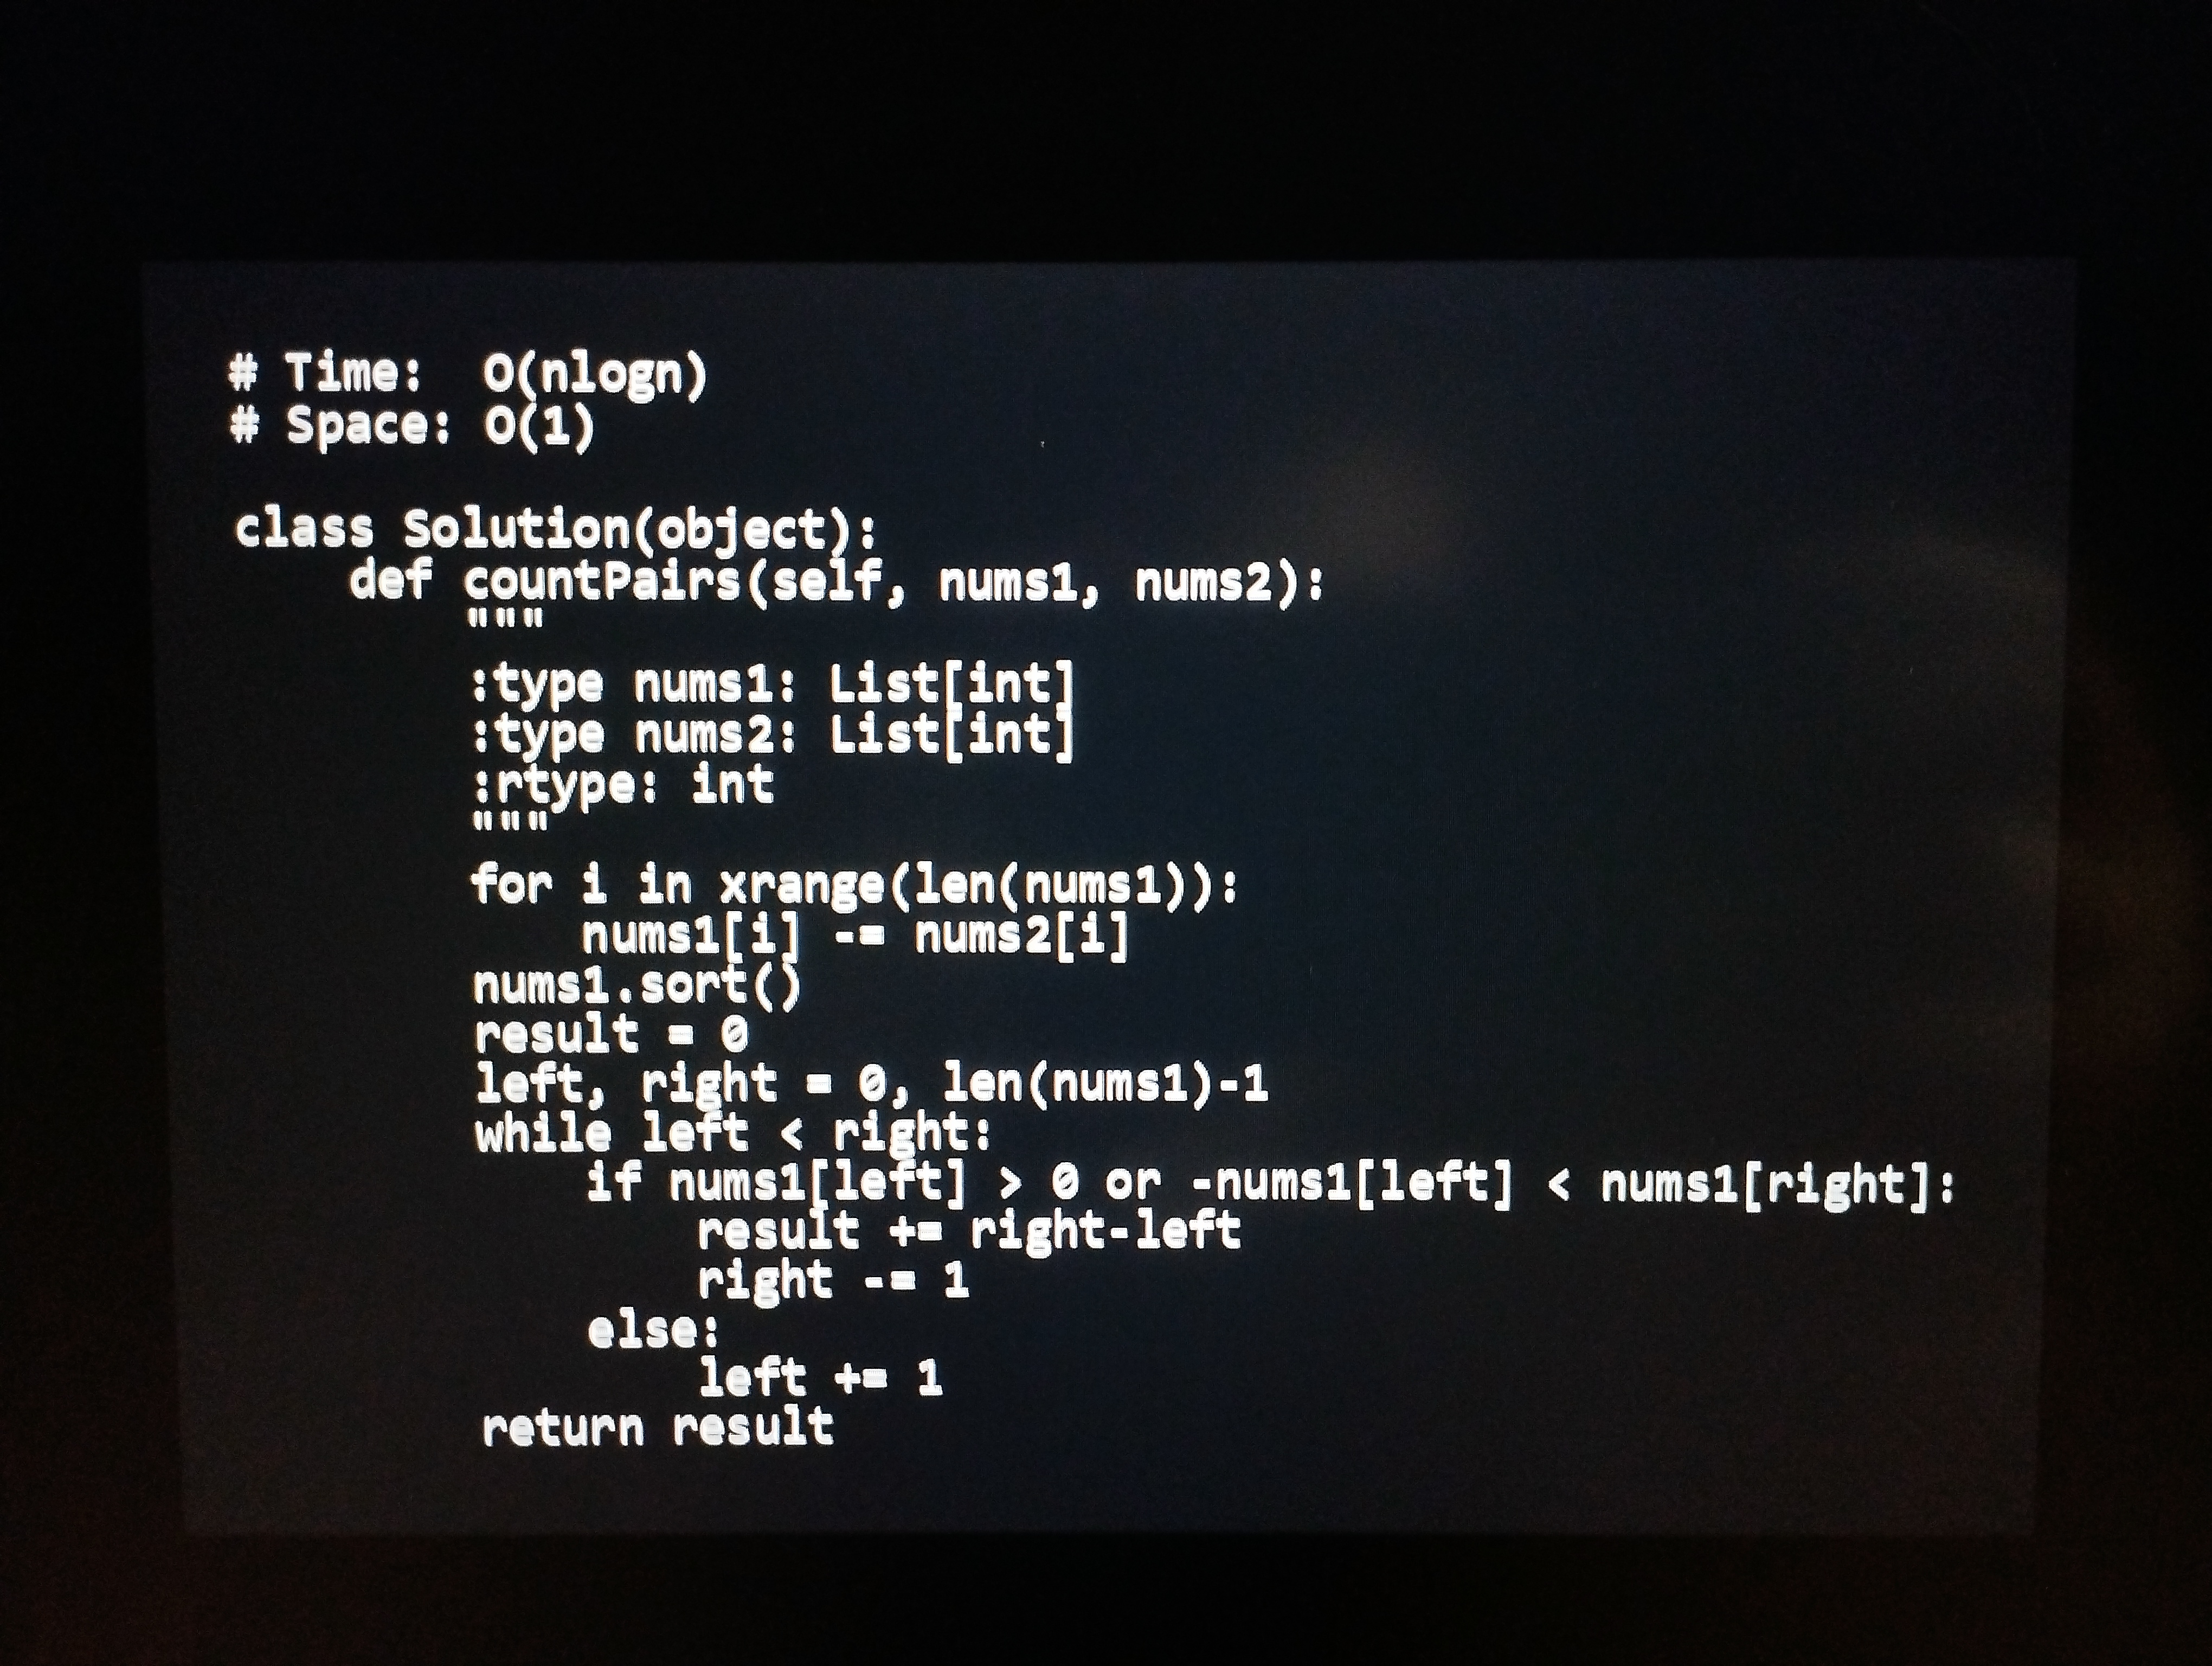
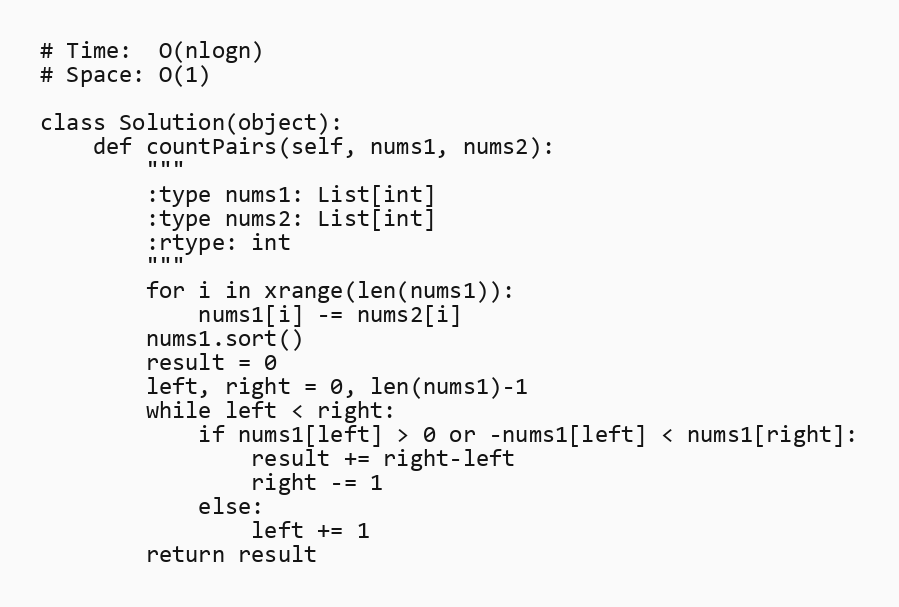
# Time:  O(nlogn)
# Space: O(1)

class Solution(object):
    def countPairs(self, nums1, nums2):
        """
        :type nums1: List[int]
        :type nums2: List[int]
        :rtype: int
        """
        for i in xrange(len(nums1)):
            nums1[i] -= nums2[i]
        nums1.sort()
        result = 0
        left, right = 0, len(nums1)-1
        while left < right:
            if nums1[left] > 0 or -nums1[left] < nums1[right]:
                result += right-left
                right -= 1
            else:
                left += 1
        return result